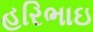
હરિભાઇ